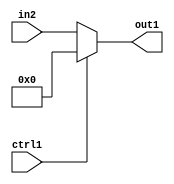
`timescale 1ps / 1ps
/*****************************************************************************
    Verilog RTL Description
    
    
    Created by: Stratus DpOpt 21.05.01 
*******************************************************************************/

module SobelFilter_N_Mux_24_2_0_4 (
	in2,
	ctrl1,
	out1
	); /* architecture "behavioural" */ 
input [23:0] in2;
input  ctrl1;
output [23:0] out1;
wire [23:0] asc001;

reg [23:0] asc001_tmp_0;
assign asc001 = asc001_tmp_0;
always @ (ctrl1 or in2) begin
	case (ctrl1)
		1'B1 : asc001_tmp_0 = 24'B000000000000000000000000 ;
		default : asc001_tmp_0 = in2 ;
	endcase
end

assign out1 = asc001;
endmodule

/* CADENCE  uLj5Swk= : u9/ySxbfrwZIxEzHVQQV8Q== ** DO NOT EDIT THIS LINE ******/